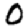
Digit: 0